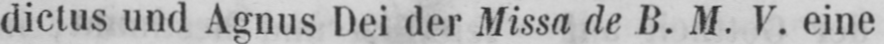
dictus und Agnus Dei der Missa de B. M. V. eine